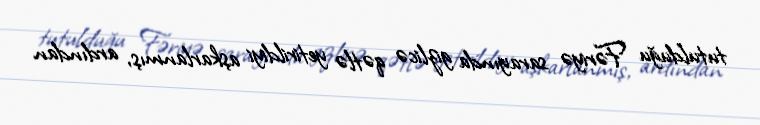
tutulduğu Fəriyə sarayında gizlicə qətlə yetirildiyi aşkarlanmış, ardından